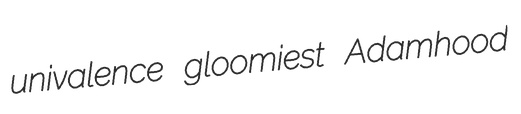
univalence gloomiest Adamhood